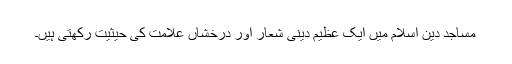
مساجد دین اسلام میں ایک عظیم دینی شعار اور درخشاں علامت کی حیثیت رکھتی ہیں۔